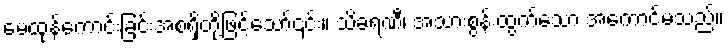
မေထုန်ကောင်းခြင်းအစရှိတို့ဖြင့်သော်၎င်း။ သိခရဏီ၊ အသားစွန်းထွက်သော အကောင်မသည်။